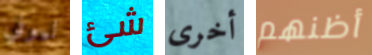
ليوني شئ أخرى أظنهم